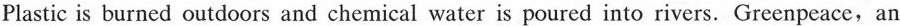
Plastic is burned outdoors and chemical water is poured into rivers. Greenpeace, an